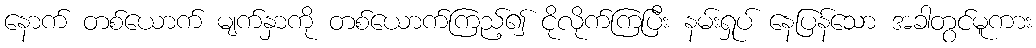
နောက် တစ်ယောက် မျက်နှာကို တစ်ယောက်ကြည့်၍ ငိုလိုက်ကြပြီး နမ်းရှုပ် နေပြန်သော အခါတွင်မူကား